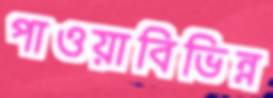
পাওয়াবিভিন্ন